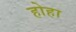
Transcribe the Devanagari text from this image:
होहा